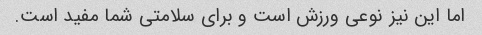
اما این نیز نوعی ورزش است و برای سلامتی شما مفید است.